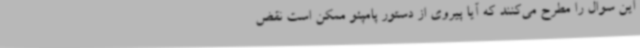
این سوال را مطرح می‌کنند که آیا پیروی از دستور پامپئو ممکن است نقض